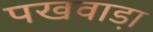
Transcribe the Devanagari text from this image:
पखवाडा़